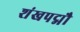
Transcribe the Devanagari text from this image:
शंखपद्मौ